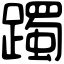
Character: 躅